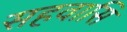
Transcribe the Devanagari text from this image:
सहवासि